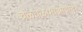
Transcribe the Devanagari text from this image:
चळवळ।माओवादी